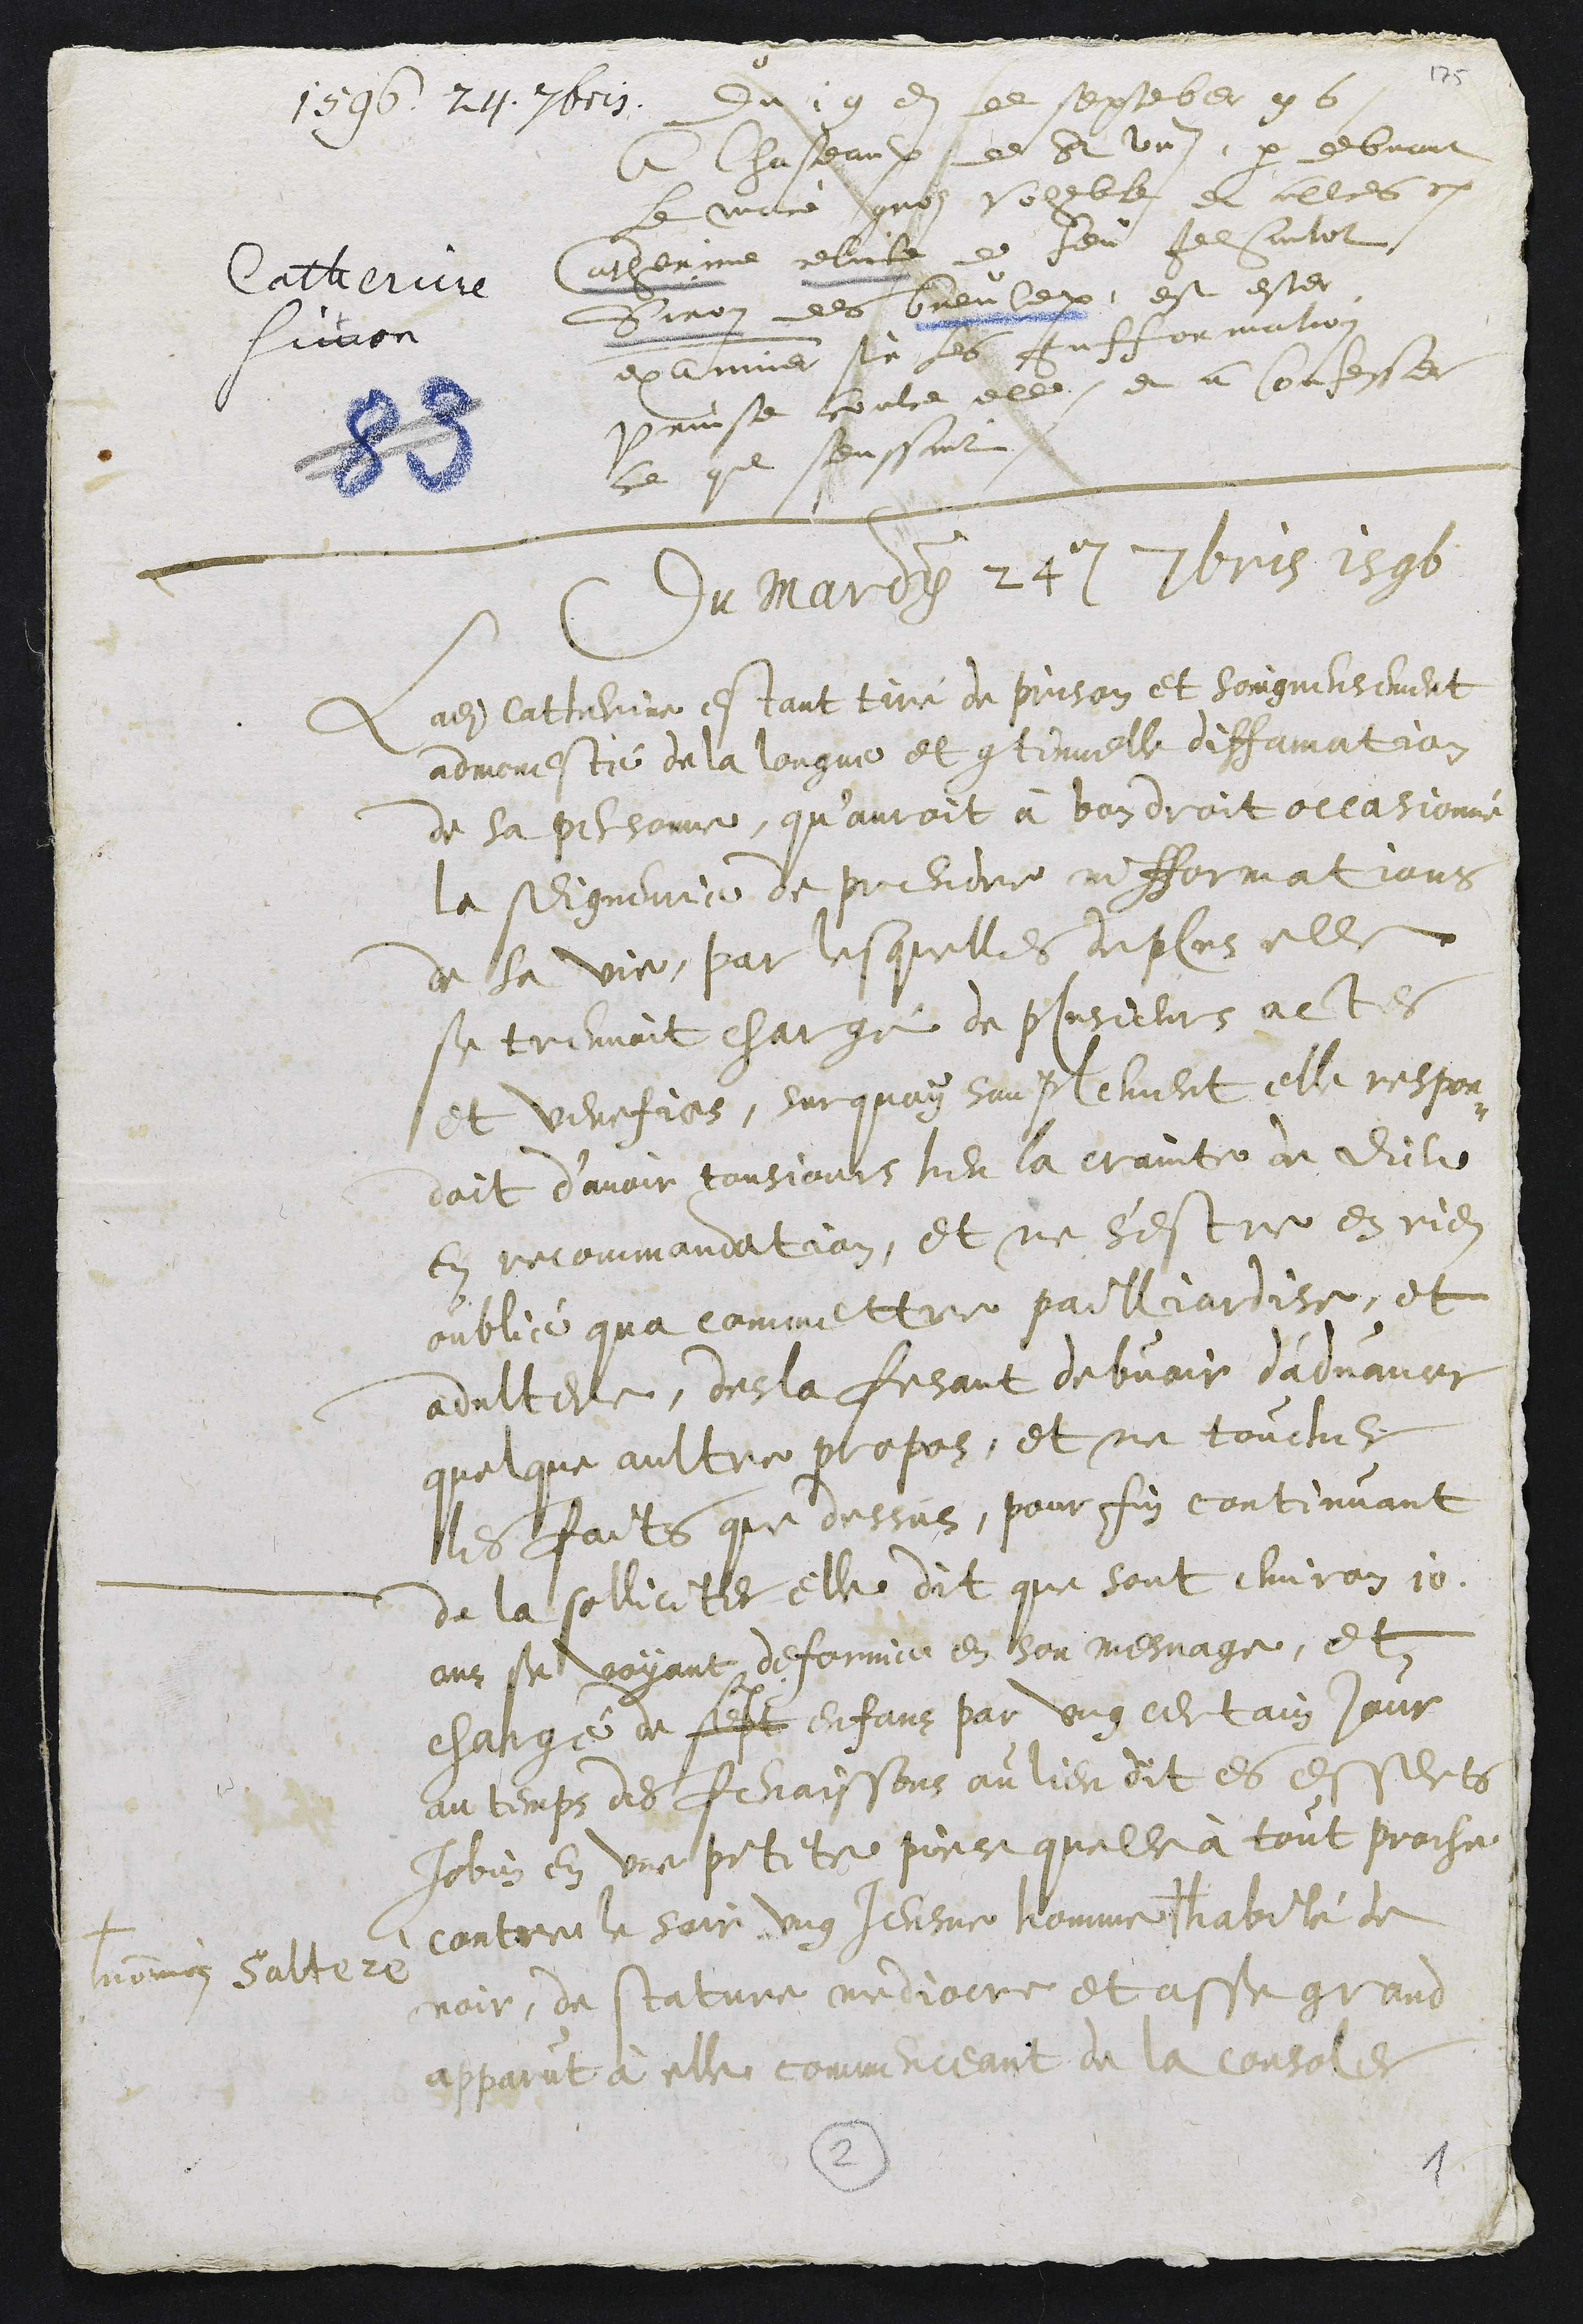
1590. 29. Abois.
Catherine
fiction
Du 19e de september 96
a Chasteaulx de St Ursanne, par debvant
le maistre quoy voeble et alles et
Catherine relicte de feu Jehantat
Siron des breule, est ester
examiner sur les Infformation
prinse contre elle et a confesser
ce que senssat
Du Mardy 24e Abris 1596
Ladite Catherinne estant tiré de prison et soingneusement
admonesté de la longue et continuelle diffamation
de sa personne qu'auroit à bondroit occasionné
la seigneurie de prendre infformations
de sa vie, par lesquelles deplus elle
se treuvoit charge de plusieurs actes
et venefices, Surquoy soublement elle respon
loit d’avoir tousjours heu la crainte de Dieu
en recommandation, et ne s'estre en rien
oublie qua commettre pailliardise, et
adultere, desla fesant debvoir d'advancer
quelque aultre propos, et ne toucher
les faits que dessus, pour fin continuant
de la solliciter elle dit que sont environ 10
ans se voyant defforme en son mesnage, et
charge de sest enfans par ung certain jour
au temps des fenaissons au lieu dit es esserts
Jobin en une petite piece quelle a tout proche
contre le soir ung Jeusne homme diabille de
son saltere
noir, de stature audioire et asse grand
apparut a elle menoit de lenne